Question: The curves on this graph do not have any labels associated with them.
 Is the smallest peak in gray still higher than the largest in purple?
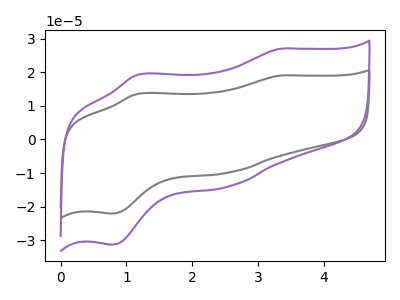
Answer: <think>The gray curve "gray" has anodic peaks at (3.35V, 19.05uA) (1.15V, 13.55uA) and cathodic peaks at (2.55V, -9.85uA) (0.75V, -22.00uA). The purple curve "purple" has anodic peaks at (3.35V, 27.00uA) (1.15V, 19.25uA) and cathodic peaks at (2.55V, -14.00uA) (0.75V, -31.25uA).</think>
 <answer>Every peak in "gray" is lower than every peak in "purple".</answer>
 <eval>lower</eval>